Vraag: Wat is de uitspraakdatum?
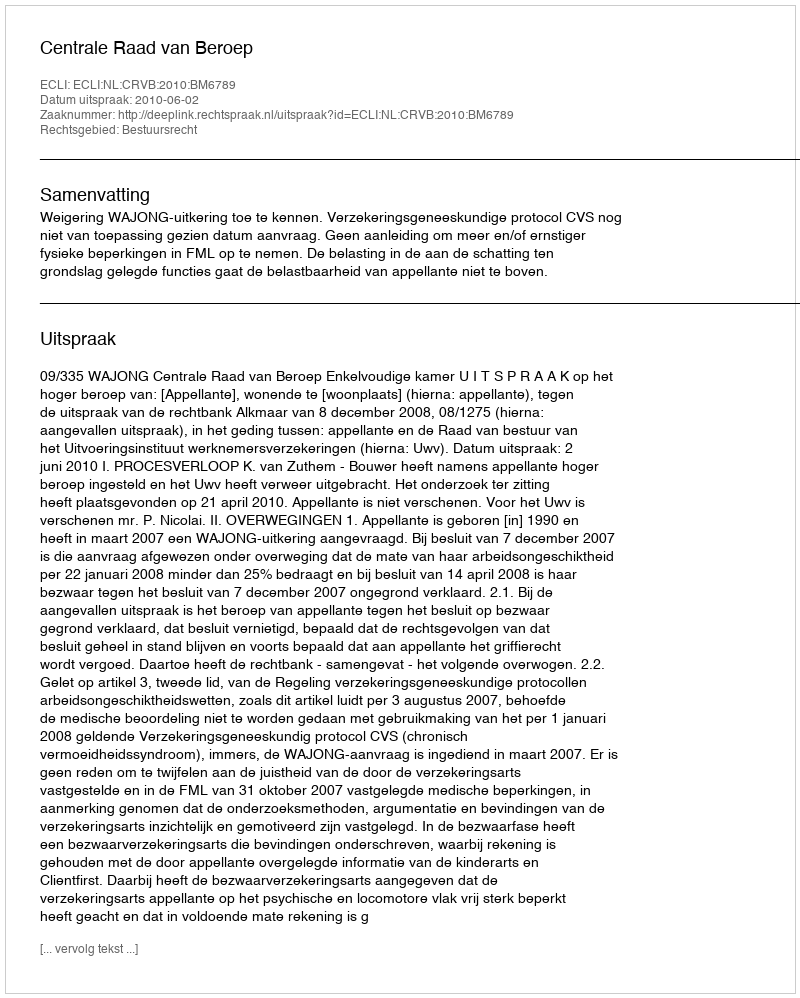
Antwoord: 2010-06-02